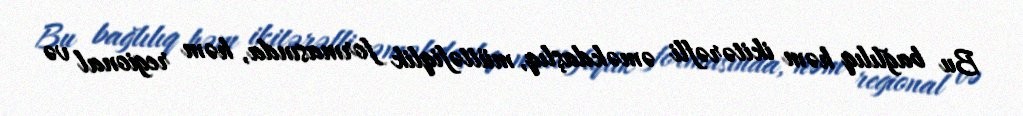
Bu bağlılıq həm ikitərəfli əməkdaşlıq, müttəfiqlik formasında, həm regional və